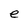
Character: e